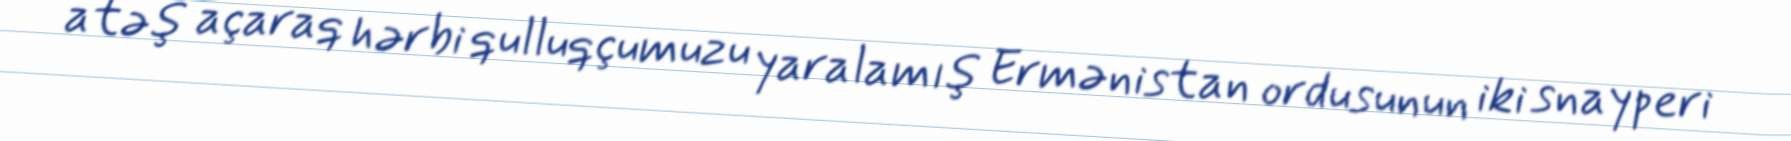
atəş açaraq hərbi qulluqçumuzu yaralamış Ermənistan ordusunun iki snayperi